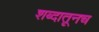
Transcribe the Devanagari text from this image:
शब्दातूनच